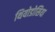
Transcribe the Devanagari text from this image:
थियोडोसिया